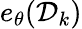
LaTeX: e_{\theta}(\mathcal{D}_{k})